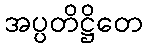
အပ္ပတိဋ္ဌိတေ